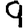
Digit: 9